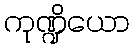
ကုဏ္ဍိယော